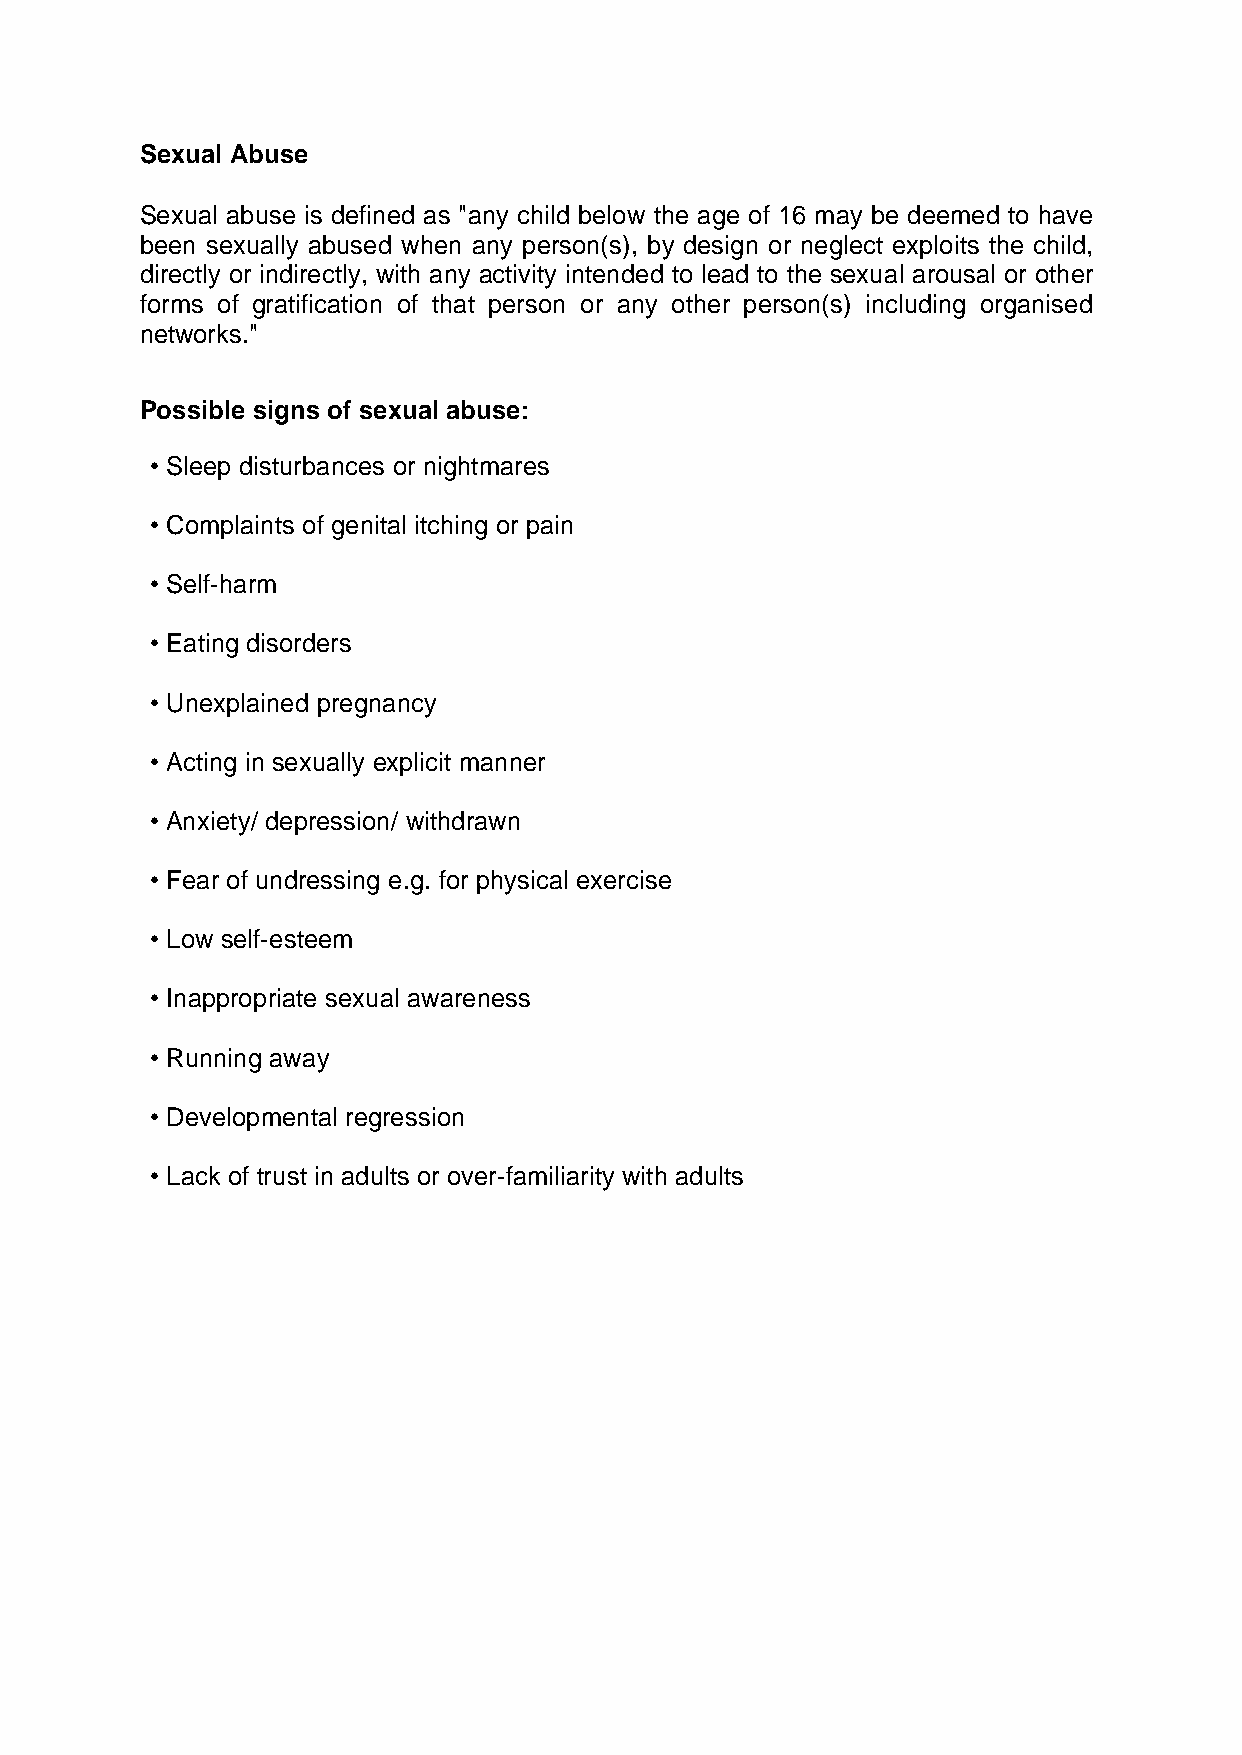
Sexual Abuse
 Sexual abuse is defined as "any child below the age of 16 may be deemed to have
 been sexually abused when any person(s), by design or neglect exploits the child,
 directly or indirectly, with any activity intended to lead to the sexual arousal or other
 forms of gratification of that person or any other person(s) including organised
 networks."
 Possible signs of sexual abuse:
 • Sleep disturbances or nightmares
 • Complaints of genital itching or pain
 • Self-harm
 • Eating disorders
 • Unexplained pregnancy
 • Acting in sexually explicit manner
 • Anxiety/ depression/ withdrawn
 • Fear of undressing e.g. for physical exercise
 • Low self-esteem
 • Inappropriate sexual awareness
 • Running away
 • Developmental regression
 • Lack of trust in adults or over-familiarity with adults